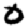
Digit: 0